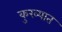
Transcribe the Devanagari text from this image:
कुख्‍यात